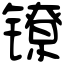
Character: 镣